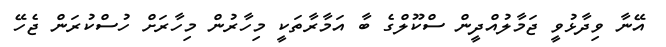
އޭނާ ވިދާޅުވީ ޖަމާލުއްދީން ސްކޫލްގެ ބާ އަމާރާތަކީ މިހާރުން މިހާރަށް ހުސްކުރަން ޖެހޭ